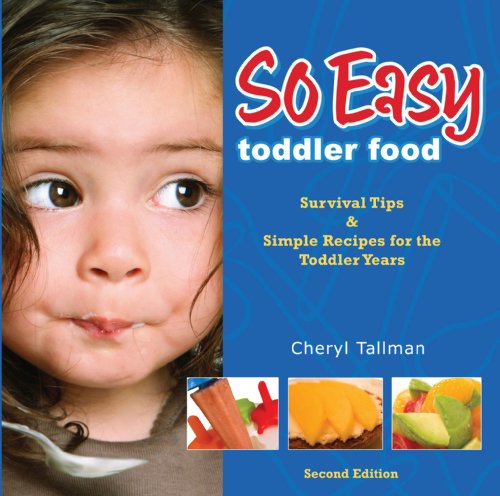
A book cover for So Easy Toddler Food: Survival Tips & Simple Recipes for the Toddler Years; Cheryl Tallman; Cookbooks, Food & Wine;